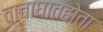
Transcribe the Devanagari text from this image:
वाचाघातहोता